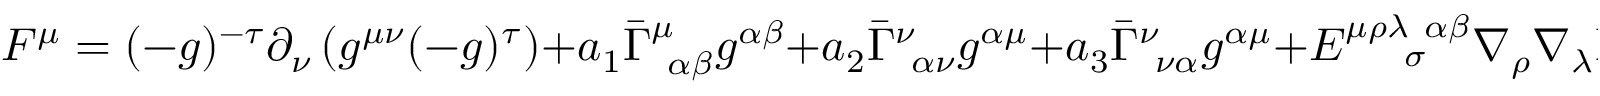
F ^ { \mu } = ( - g ) ^ { - \tau } \partial _ { \nu } \left( g ^ { \mu \nu } ( - g ) ^ { \tau } \right) + a _ { 1 } \bar { \Gamma } _ { ~ \alpha \beta } ^ { \mu } g ^ { \alpha \beta } + a _ { 2 } \bar { \Gamma } _ { ~ \alpha \nu } ^ { \nu } g ^ { \alpha \mu } + a _ { 3 } \bar { \Gamma } _ { ~ \nu \alpha } ^ { \nu } g ^ { \alpha \mu } + E _ { ~ ~ ~ ~ \sigma } ^ { \mu \rho \lambda ~ \alpha \beta } \nabla _ { \rho } \nabla _ { \lambda } \bar { \Gamma } _ { ~ \alpha \beta } ^ { \sigma }